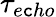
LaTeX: \tau_{e\mathtt{c}ho}